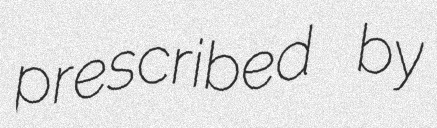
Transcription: prescribed by